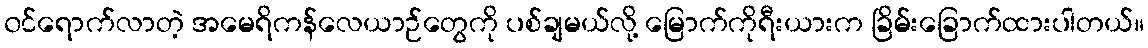
၀င်ရောက်လာတဲ့ အမေရိကန်လေယာဉ်တွေကို ပစ်ချမယ်လို့ မြောက်ကိုရီးယားက ခြိမ်းခြောက်ထားပါတယ်။